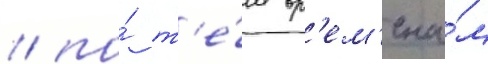
/ по́ т'е́м вр'ем'ена́м